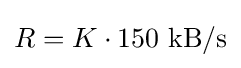
R={K\cdot 150}\ {\text{kB/s}}